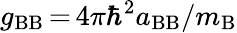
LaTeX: g_{\mathrm{BB}}\, {=}\, 4\pi\hbar^{2}a_{\mathrm{BB}}/m_{\mathrm{B}}